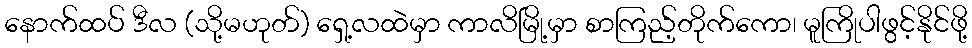
နောက်ထပ် ဒီလ (သို့မဟုတ်) ရှေ့လထဲမှာ ကာလိမြို့မှာ စာကြည့်တိုက်ကော၊ မူကြိုပါဖွင့်နိုင်ဖို့